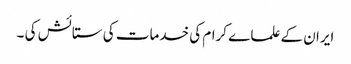
ایران کے علما ے کرام کی خدمات کی ستائش کی ۔